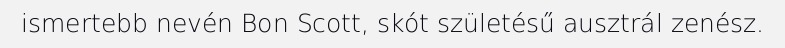
ismertebb nevén Bon Scott, skót születésű ausztrál zenész.